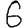
Digit: 6